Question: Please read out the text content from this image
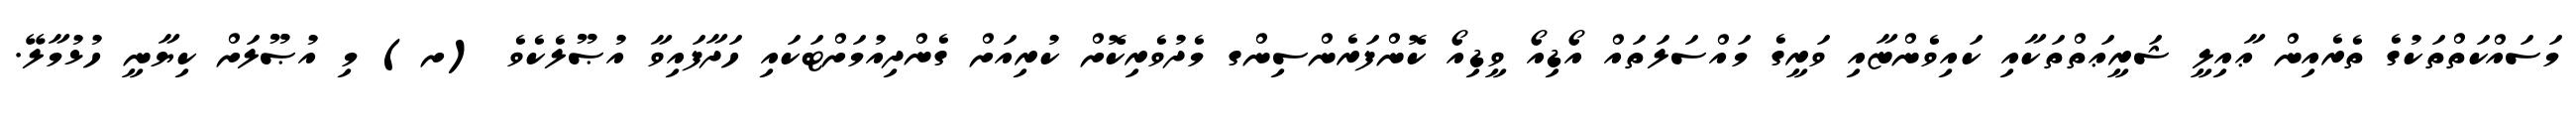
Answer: މަސައްކަތްތަކުގެ ތެރެއިން ޢާއިލީ ޝަރީޢަތްތަކާއި ކައިވެންޏާއި ވަރީގެ މައްސަލަތައް އޯޑިއޯ ވީޑިއޯ ކޮންފަރެންސިންގ މެދުވެރިކޮށް ކުރިއަށް ގެންދިއުމަށްޓަކައި ހަދާފައިވާ އުޞޫލެކެވެ (ށ) މި އުޞޫލަށް ކިޔާނީ ހުޅުމާލޭ.